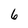
Character: 6